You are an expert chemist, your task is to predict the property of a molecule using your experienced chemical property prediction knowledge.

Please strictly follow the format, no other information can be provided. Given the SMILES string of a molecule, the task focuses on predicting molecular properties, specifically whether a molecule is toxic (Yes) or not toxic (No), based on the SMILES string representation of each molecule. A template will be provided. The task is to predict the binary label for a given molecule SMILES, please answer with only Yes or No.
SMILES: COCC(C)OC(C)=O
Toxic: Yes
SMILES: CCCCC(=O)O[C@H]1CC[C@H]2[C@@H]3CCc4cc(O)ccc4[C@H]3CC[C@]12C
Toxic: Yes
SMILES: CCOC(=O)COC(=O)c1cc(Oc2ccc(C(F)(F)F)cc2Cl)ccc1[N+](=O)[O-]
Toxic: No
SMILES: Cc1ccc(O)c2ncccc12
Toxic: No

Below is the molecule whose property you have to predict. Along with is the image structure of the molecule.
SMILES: COCCc1ccccn1
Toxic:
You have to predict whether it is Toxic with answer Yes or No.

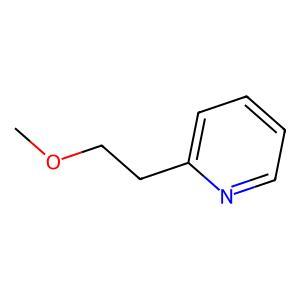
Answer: No